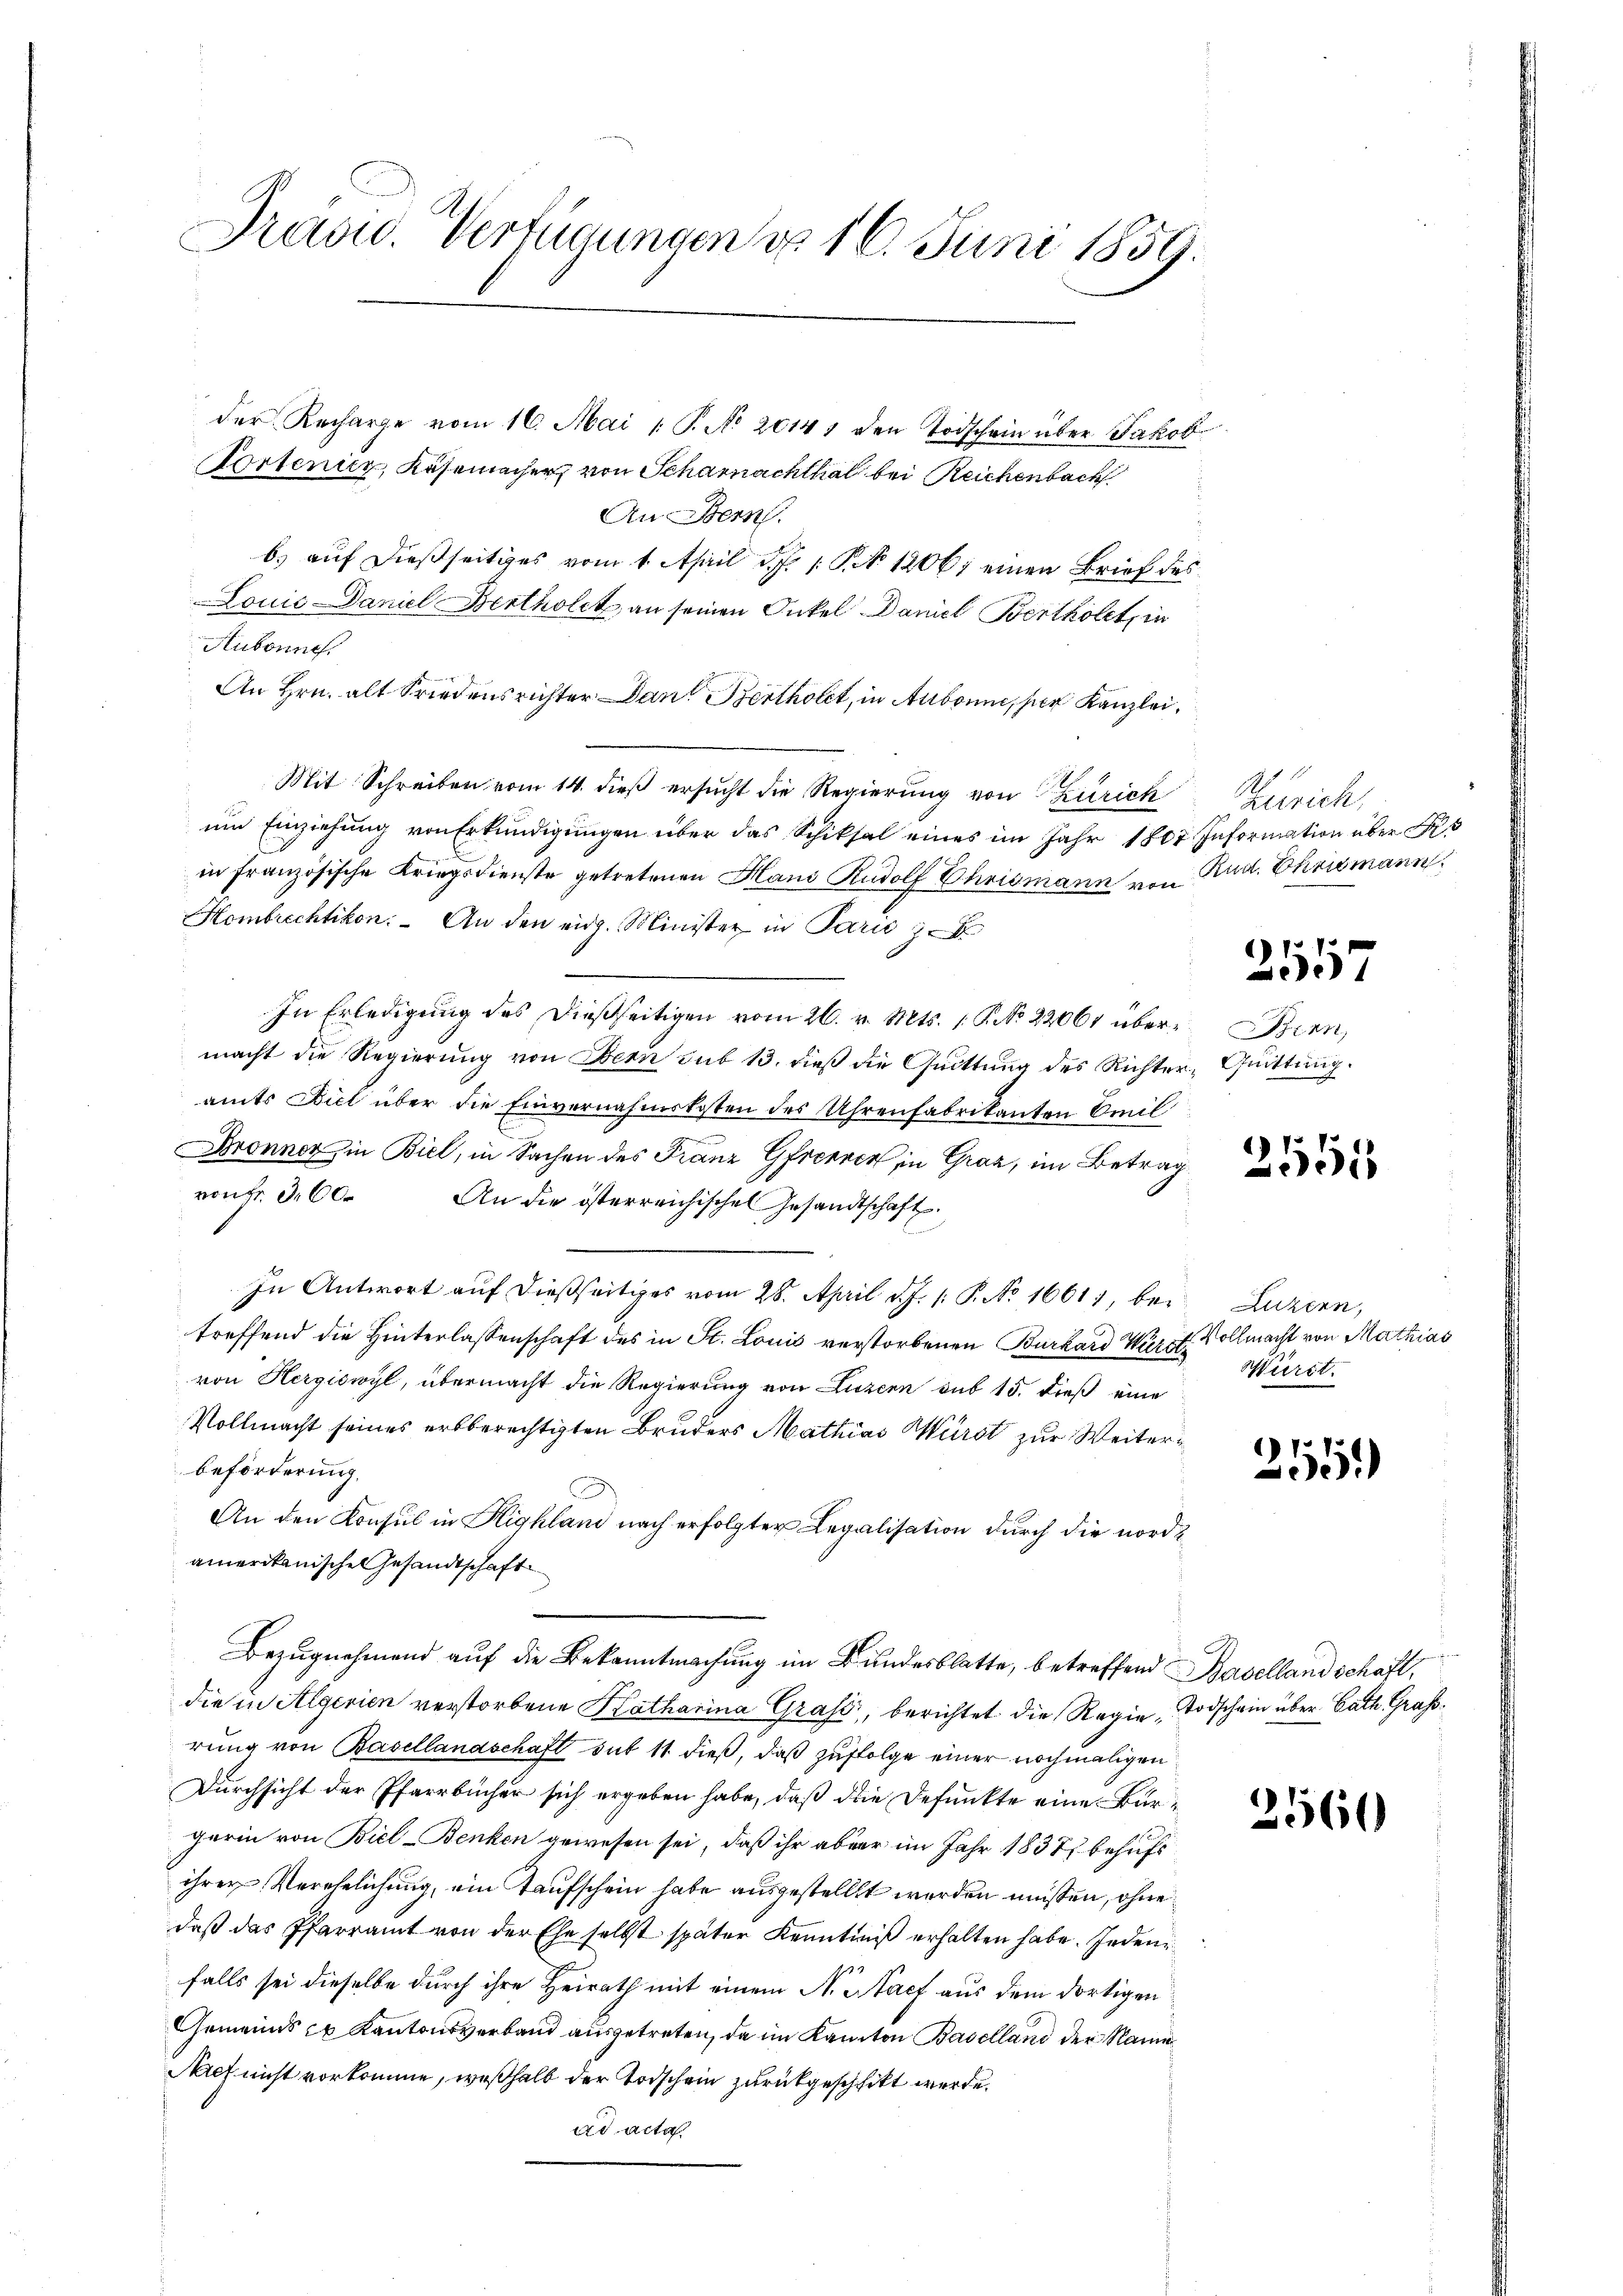
Praduc. Verfügungen d. 16. Juni 1859.

der Recharge vom 16. Mai 1 P. No 20141 den Todschain über Jakob
Tortenicz, Käsemacher, von Scharnachthal bei Reichenbach
An Bern.
b. auf dießseitiges vom 1. April d. J. 1 S. 12061 einen Brief des
Lonić Daniel Bertholet an seinen Onkel Daniel Bertholet, in
Aubonnes,
An Hrn. alt Friedensrichter Dan Berthet, in Aubonne, per Kanzlei¬
Mit Schreiben vom 14. dieß ersucht die Regierung von Zürich
um Einziehung von Erkundigungen über das Schiksal eines im Jahr 1807. Information über R
in französische Kriegsdienste getretenen Hand Rudolf Chrismann von Rud. Chrismann.
Hombrechtikon. An den eidg. Minister in Paris
In Erledigung des dießseitigen vom 26. v. Mts. 1. P. No 22061 übermacht die Regierung von Obern sub 13. dieß die Quittung des Richter, Quittung.
amts Biel über die Einvernahmskosten des Uhrenfabrikanten Emil
Dronner in Biel, in Sachen des Franz Gfreeren in Graz, im Betrag
vonFr. 360. An die österreichischen Gesandtschaft.
In Antwort auf dießseitiges vom 28. April d. J. 1: P. No 1661), be-
treffend die Hinterlassenschaft des in St. Louis verstorbenen Burkard Wärst. Vollmacht von Mathias
von Hergiswyl, übermacht die Regierung von Luzern sub 15. dieß eine
Vollmacht seines erbberechtigten Bruders Mathias Mürst zur Weiterbeförderung.
An den Konsul in Highland nach erfolgter Legalisation durch die nordamerikanisches Gesandtschaft
Bezugnehmend auf die Bekanntmachung im Bundesblatte, betreffend Baselland schaft,
die in Algerien verstorbene Katharina Graf, berichtet die Regie Todschein über Cath Großrung von Basellandschaft sut 11 dieß, daß zufolge einer nochmaligen
Durchsicht der Pfarrbücher sich ergeben habe, daß die Defunkte eine Burgerin von Biel-Benken gewesen sei, daß ihr aber im Jahr 1838 behufs
ihrer Verehelichung, ein Taufschein habe ausgestellt worden müssen, ohne
daß das Pfarramt von der Ehe selbst später Kenntniß erhalten habe. Jedenfalls sei dieselbe durch ihre Heirath mit einem N. Nach aus dem dortigen
Gemeinds zu Kantonsverband ausgetreten, da im Kanton Baselland der Name
Auch nicht vorkomme, weßhalb der Todschein zurückgeschlitt werde.
ad acta

Zürich,

2517

Benn

21551

Luzern,
Württ.

255)

2560